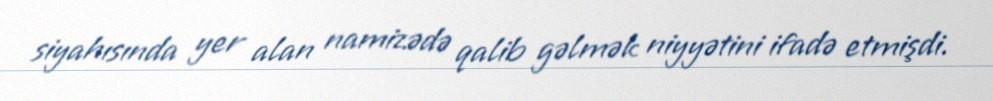
siyahısında yer alan namizədə qalib gəlmək niyyətini ifadə etmişdi.